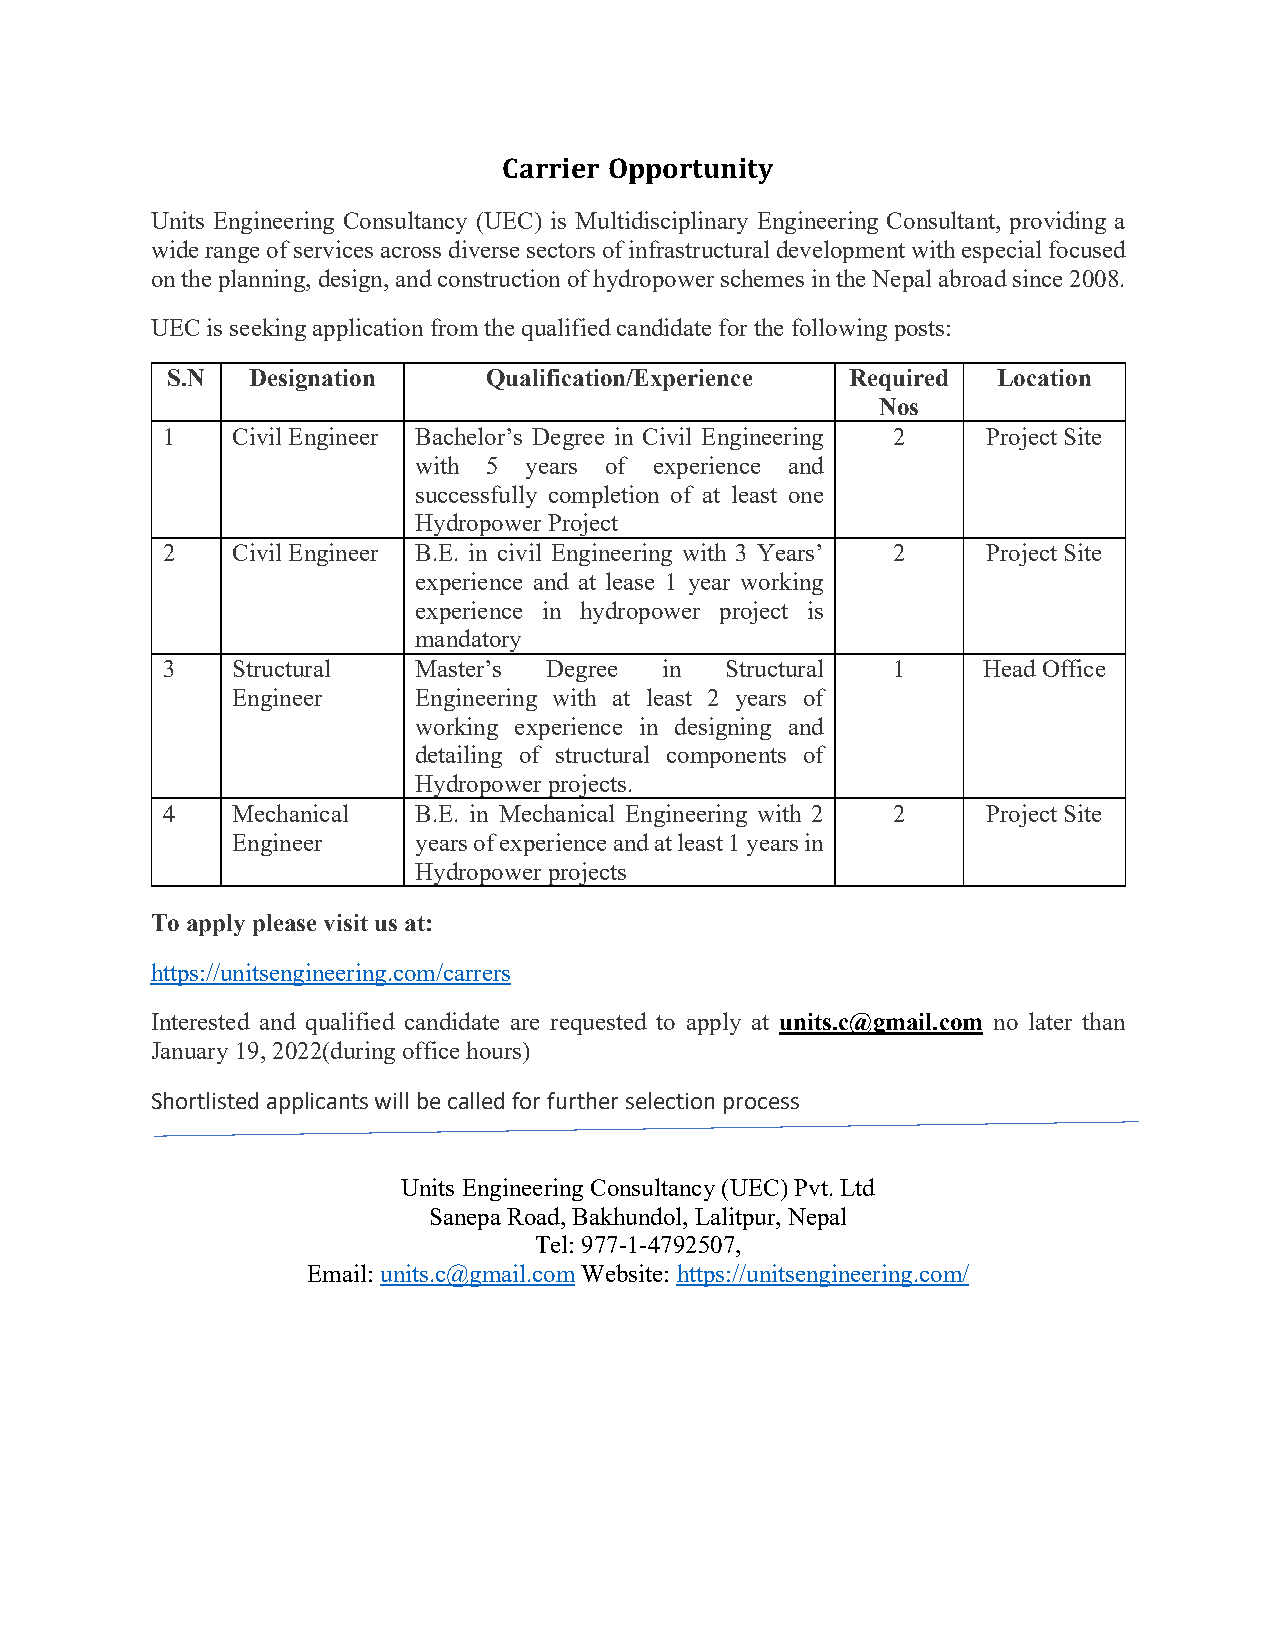
Carrier Opportunity
 Units Engineering Consultancy (UEC) is Multidisciplinary Engineering Consultant, providing a
 wide range of services across diverse sectors of infrastructural development with especial focused
 on the planning, design, and construction of hydropower schemes in the Nepal abroad since 2008.
 UEC is seeking application from the qualified candidate for the following posts:
 S.N  Designation     Qualification/Experience Required Location
 Nos
 1   Civil Engineer Bachelor’s Degree in Civil Engineering 2 Project Site
 with 5  years of experience and
 successfully completion of at least one
 Hydropower Project
 2   Civil Engineer B.E. in civil Engineering with 3 Years’ 2 Project Site
 experience and at lease 1 year working
 experience in hydropower project is
 mandatory
 3   Structural  Master’s Degree  in  Structural 1     Head Office
 Engineer    Engineering with at least 2 years of
 working experience in designing and
 detailing of structural components of
 Hydropower projects.
 4   Mechanical  B.E. in Mechanical Engineering with 2 2 Project Site
 Engineer    years of experience and at least 1 years in
 Hydropower projects
 To apply please visit us at:
 https://unitsengineering.com/carrers
 Interested and qualified candidate are requested to apply at units.c@gmail.com no later than
 January 19, 2022(during office hours)
 Shortlisted applicants will be called for further selection process
 Units Engineering Consultancy (UEC) Pvt. Ltd
 Sanepa Road, Bakhundol, Lalitpur, Nepal
 Tel: 977-1-4792507,
 Email: units.c@gmail.com Website: https://unitsengineering.com/
 @unitsengineering.com